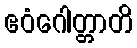
ဧဝံဂေါတ္တာတိ